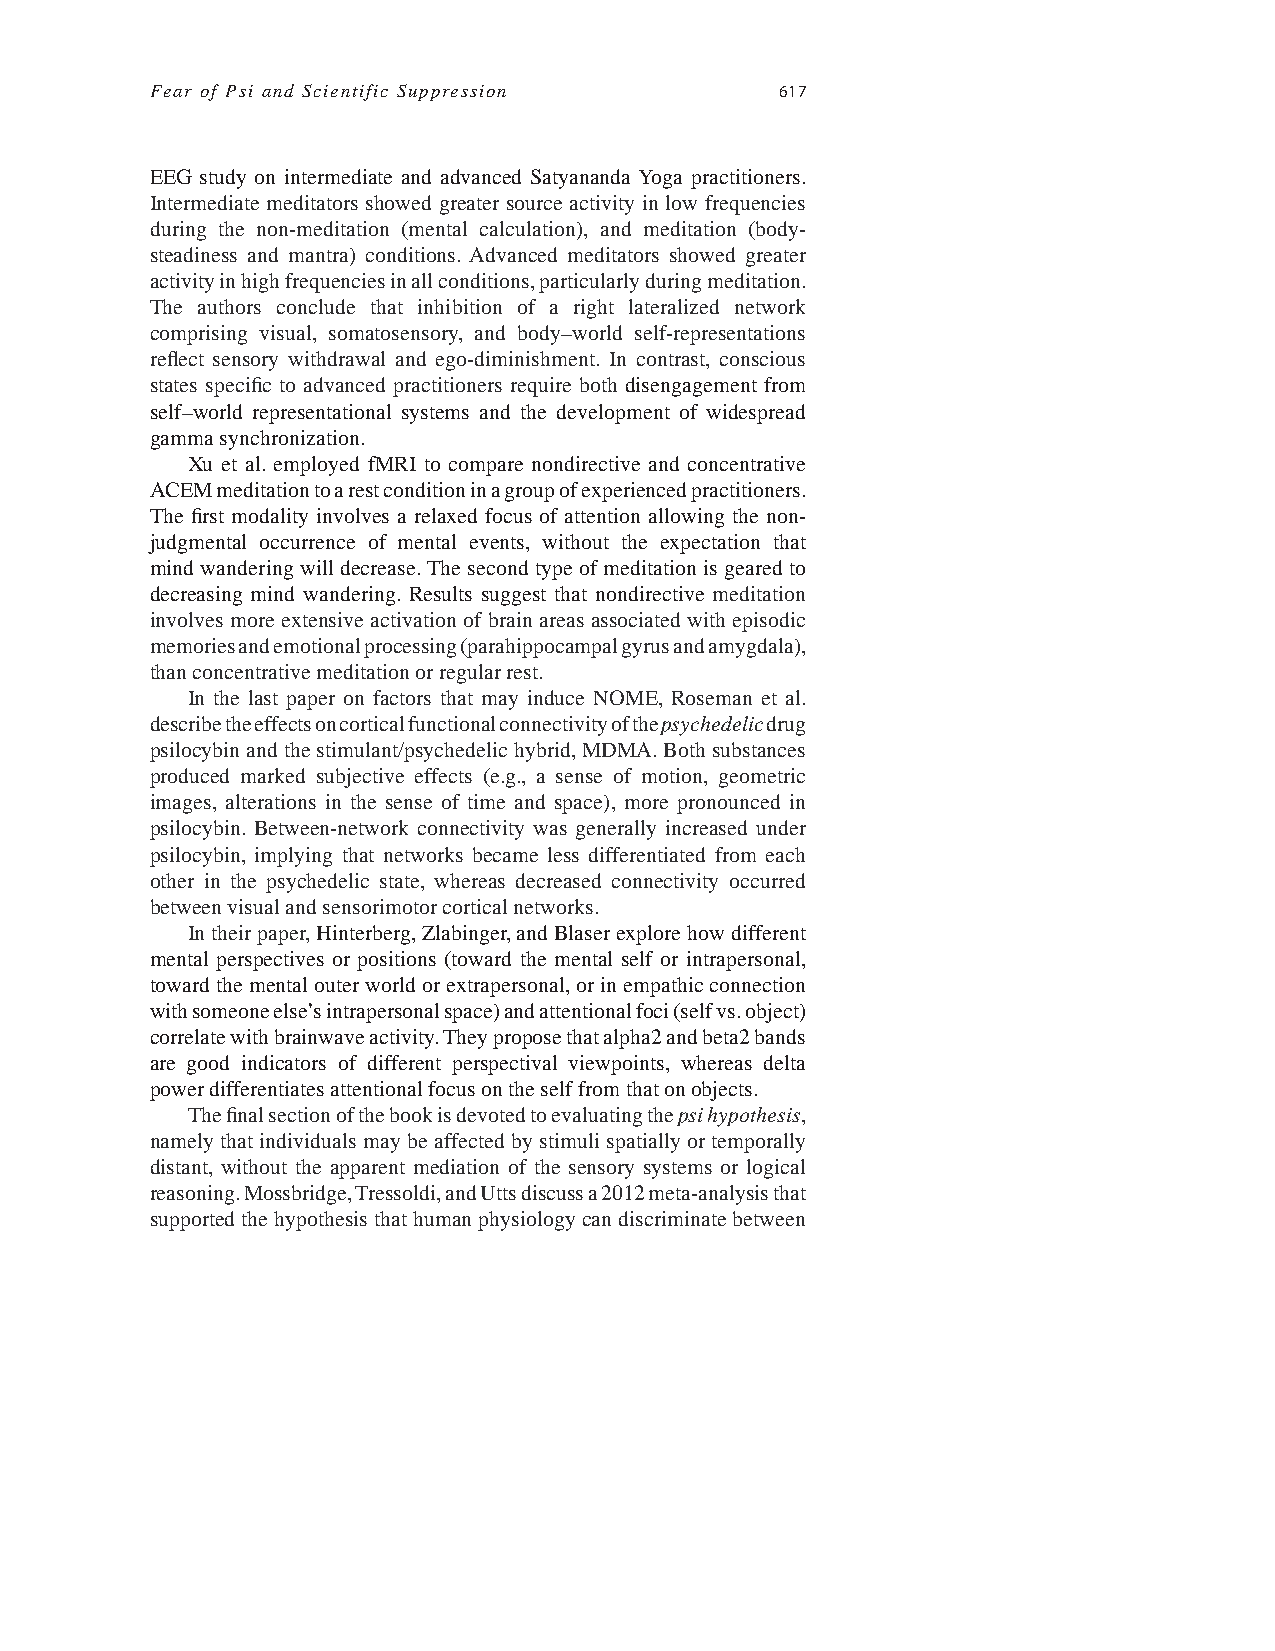
Fear of Psi and Scientific Suppression    617
 EEG study on intermediate and advanced Satyananda Yoga practitioners.
 Intermediate meditators showed greater source activity in low frequencies
 during the non-meditation (mental calculation), and meditation (body-
 steadiness and mantra) conditions. Advanced meditators showed greater
 activity in high frequencies in all conditions, particularly during meditation.
 The authors conclude that inhibition of a right lateralized network
 comprising visual, somatosensory, and body–world self-representations
 refl ect sensory withdrawal and ego-diminishment. In contrast, conscious
 states specifi c to advanced practitioners require both disengagement from
 self–world representational systems and the development of widespread
 gamma synchronization.
 Xu et al. employed fMRI to compare nondirective and concentrative
 ACEM meditation to a rest condition in a group of experienced practitioners.
 The fi rst modality involves a relaxed focus of attention allowing the non-
 judgmental occurrence of mental events, without the expectation that
 mind wandering will decrease. The second type of meditation is geared to
 decreasing mind wandering. Results suggest that nondirective meditation
 involves more extensive activation of brain areas associated with episodic
 memories and emotional processing (parahippocampal gyrus and amygdala),
 than concentrative meditation or regular rest.
 In the last paper on factors that may induce NOME, Roseman et al.
 describe the effects on cortical functional connectivity of the psychedelic drug
 psilocybin and the stimulant/psychedelic hybrid, MDMA. Both substances
 produced marked subjective effects (e.g., a sense of motion, geometric
 images, alterations in the sense of time and space), more pronounced in
 psilocybin. Between-network connectivity was generally increased under
 psilocybin, implying that networks became less differentiated from each
 other in the psychedelic state, whereas decreased connectivity occurred
 between visual and sensorimotor cortical networks.
 In their paper, Hinterberg, Zlabinger, and Blaser explore how different
 mental perspectives or positions (toward the mental self or intrapersonal,
 toward the mental outer world or extrapersonal, or in empathic connection
 with someone else’s intrapersonal space) and attentional foci (self vs. object)
 correlate with brainwave activity. They propose that alpha2 and beta2 bands
 are good indicators of different perspectival viewpoints, whereas delta
 power differentiates attentional focus on the self from that on objects.
 The fi nal section of the book is devoted to evaluating the psi hypothesis,
 namely that individuals may be affected by stimuli spatially or temporally
 distant, without the apparent mediation of the sensory systems or logical
 reasoning. Mossbridge, Tressoldi, and Utts discuss a 2012 meta-analysis that
 supported the hypothesis that human physiology can discriminate between